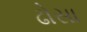
ઢોસા